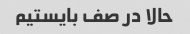
حالا در صف بایستیم